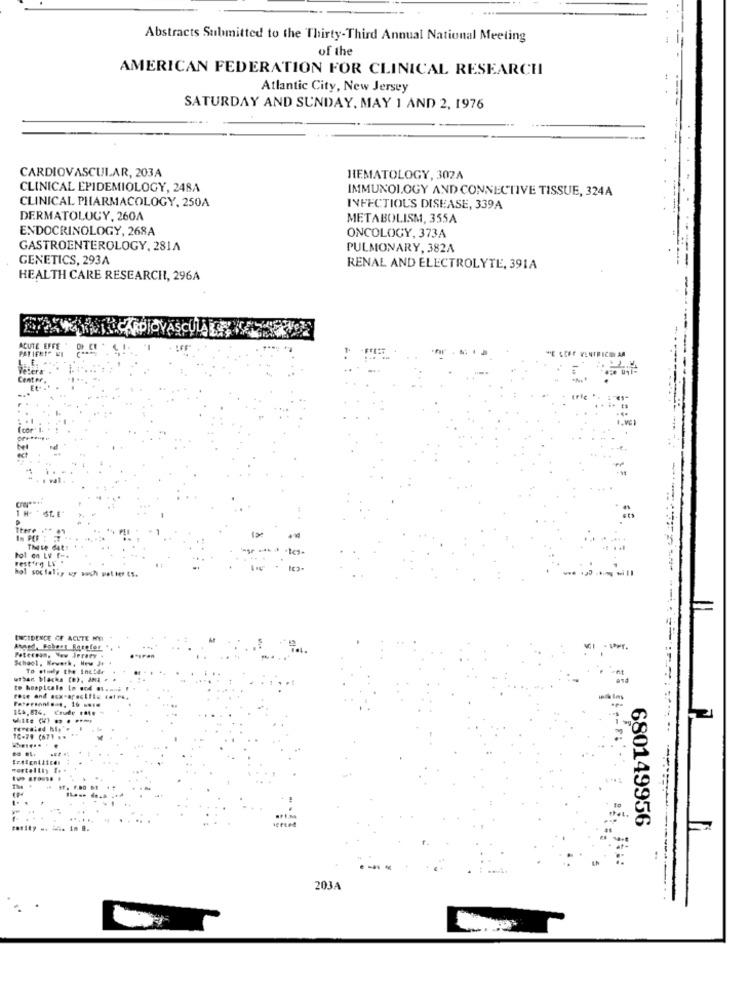
....
Abstracts Submitted to the Thirty-Third Annual National Meeting
of the
AMERICAN FEDERATION FOR CLINICAL RESEARCH
Atlantic City, New Jersey
SATURDAY AND SUNDAY, MAY 1 AND 2, 1976
CARDIOVASCULAR, 203A
HEMATOLOGY, 302A
CLINICAL EPIDEMIOLOGY, 248A
IMMUNOLOGY AND CONNECTIVE TISSUE, 324A
CLINICAL PHARMACOLOGY, 250A
INFECTIOUS DISEASE, 339A
DERMATOLOCY, 260A
METABOLISM, 355A
ENDOCRINOLOGY, 268A
ONCOLOGY, 373A
GASTROENTEROLOGY, 281A
PULMONARY, 382A
GENETICS, 293A
RENAL AND ELECTROLYTE, 391A
HEALTH CARE RESEARCH, 296A
¿ÄSCÍ
ACUTE E
( cor' ].
bei
act
There .**
Is PEF :
Those dat:
Fot on LV f -.
vestirg LV .
hol socialiy wy auch pet ter IS.
INCIDENCE OF ACUTE WYI
Ahmed, Bobert Barefor
Peterpan, Now Jerary .
School, Kruwth, New J+ +
To stuly the incldr
to hooptcalo In god #1.mui
witte () ... ...
revealed hl, F
10-79 (67. ..
.........
680149956
203A